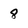
Character: 8